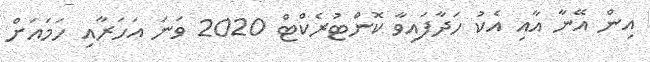
އިން އޭނާ އާއި އެކު ހަދާފައިވާ ކޮންޓުރެކްޓް 2020 ވަނަ އަހަރާއި ހަމައަށް